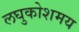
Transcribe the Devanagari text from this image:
लघुकोशमय